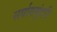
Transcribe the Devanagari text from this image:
सर्वागसुंदरी